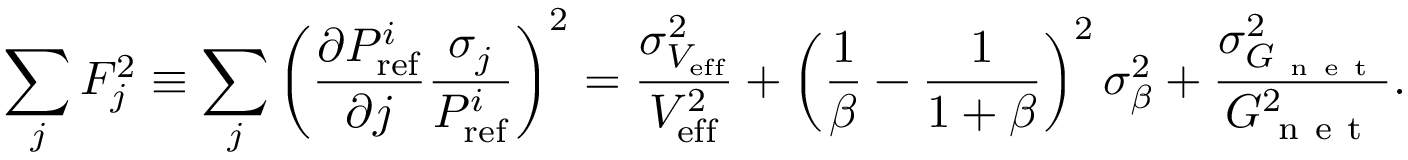
\sum _ { j } F _ { j } ^ { 2 } \equiv \sum _ { j } \left( \frac { \partial P _ { \mathrm { r e f } } ^ { i } } { \partial j } \frac { \sigma _ { j } } { P _ { \mathrm { r e f } } ^ { i } } \right) ^ { 2 } = \frac { \sigma _ { V _ { \mathrm { e f f } } } ^ { 2 } } { V _ { \mathrm { e f f } } ^ { 2 } } + \left( \frac { 1 } { \beta } - \frac { 1 } { 1 + \beta } \right) ^ { 2 } \sigma _ { \beta } ^ { 2 } + \frac { \sigma _ { G _ { \mathrm { ~ n ~ e ~ t ~ } } } ^ { 2 } } { G _ { \mathrm { ~ n ~ e ~ t ~ } } ^ { 2 } } .